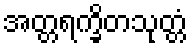
အတ္တရက္ခိတသုတ္တံ